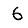
Digit: 6